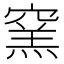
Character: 窯